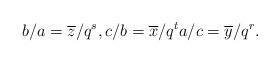
LaTeX: \begin{align*}b/a = \overline z/ q^{s},c/b = \overline x/q^ta/c = \overline y/q^r.\end{align*}